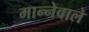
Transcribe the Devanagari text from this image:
मान्नेवाले